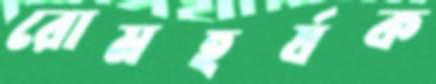
রোমহর্ষক